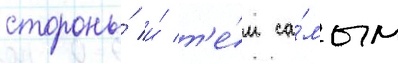
стороны́ и́ т'е́м са́мым